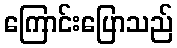
ကြောင်းပြောသည်